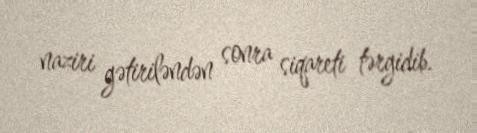
naziri gətiriləndən sonra siqareti tərgidib.